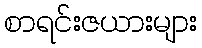
စာရင်းဇယားများ